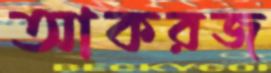
আকরজ